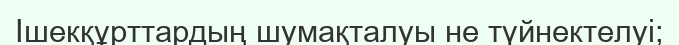
Ішекқұрттардың шумақталуы не түйнектелуі;